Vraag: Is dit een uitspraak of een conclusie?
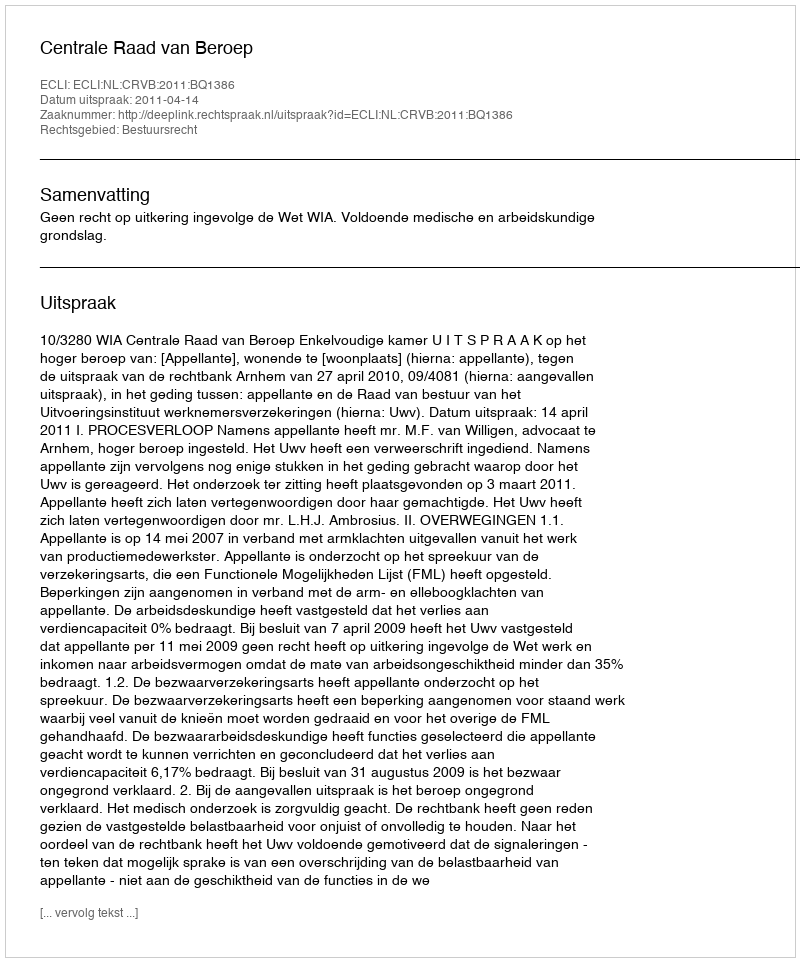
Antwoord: Uitspraak